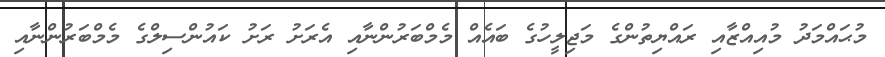
މުޙައްމަދު މުއިއްޒާއި ރައްޔިތުންގެ މަޖިލީހުގެ ބައެއް މެމްބަރުންނާއި އެރަށު ރަށު ކައުންސިލްގެ މެމްބަރުންނާއި